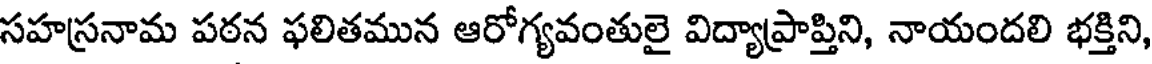
సహస్రనామ పఠన ఫలితమున ఆరోగ్యవంతులై విద్యాప్రాప్తిని, నాయందలి భక్తిని,